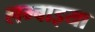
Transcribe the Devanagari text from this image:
लम्बाइया